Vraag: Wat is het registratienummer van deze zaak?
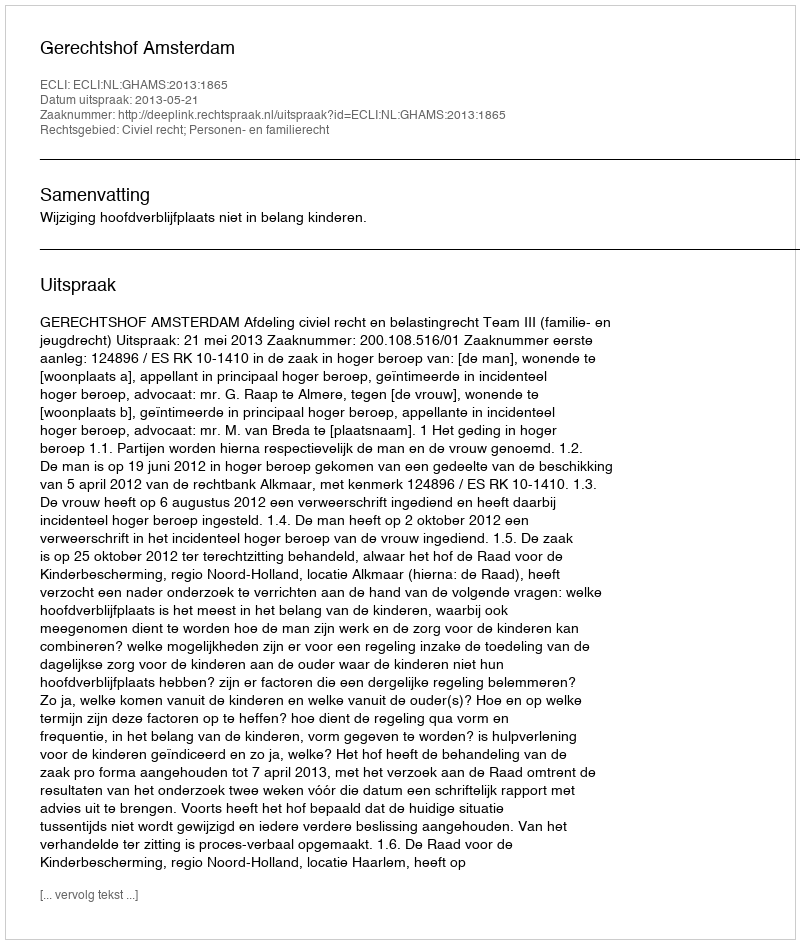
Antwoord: http://deeplink.rechtspraak.nl/uitspraak?id=ECLI:NL:GHAMS:2013:1865